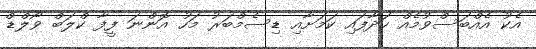
އެކު އެއްބަސްވުމެއް ހަދާފައި ކަމަށާއި ޑިސެމްބަރު މަހު އޮންނަ ފީފާ ކްލަބް ވޯލްޑް